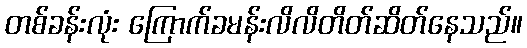
တစ်ခန်းလုံး ကြောက်ခမန်းလိလိတိတ်ဆိတ်နေသည်။